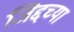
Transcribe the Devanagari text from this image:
जिद्दच्या